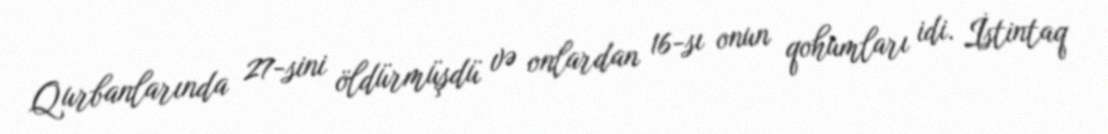
Qurbanlarında 27-sini öldürmüşdü və onlardan 16-sı onun qohumları idi. İstintaq